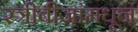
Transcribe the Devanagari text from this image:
स्त्रीबीजांमधून